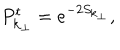
LaTeX: P _ { { \bf k } _ { \perp } } ^ { \mathrm { t } } = e ^ { - 2 S _ { { \bf k } _ { \perp } } } ,